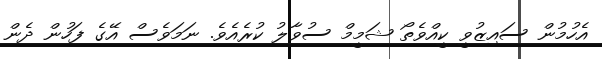
އެހުމުން ސައިޒުވީ ކީއްވެތޯ ޝަމީމް ސުވާލު ކުރެއެވެ. ނަމަވެސް އޭގެ ފަހުން ދެން